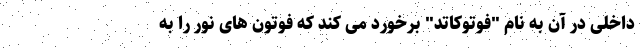
داخلی در آن به نام "فوتوکاتد" برخورد می کند که فوتون های نور را به